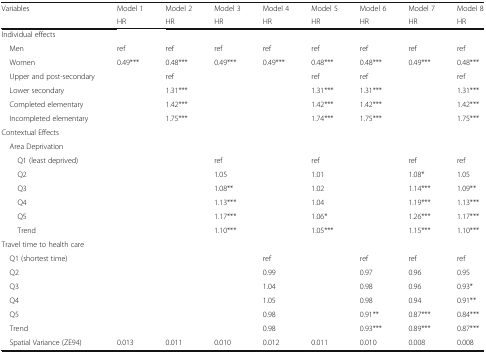
| <ROWSPAN=2> Variables | Model 1 | Model 2 | Model 3 | Model 4 | Model 5 | Model 6 | Model 7 | Model 8 |
 | HR | HR | HR | HR | HR | HR | HR | HR |
 | --- | --- | --- | --- | --- | --- | --- | --- | --- |
 | <COLSPAN=9> Individual effects |
 | Men | ref | ref | ref | ref | ref | ref | ref | ref |
 | Women | 0.49*** | 0.48*** | 0.49*** | 0.49*** | 0.48*** | 0.48*** | 0.49*** | 0.48*** |
 | Upper and post-secondary |  | ref |  |  | ref | ref |  | ref |
 | Lower secondary |  | 1.31*** |  |  | 1.31*** | 1.31*** |  | 1.31*** |
 | Completed elementary |  | 1.42*** |  |  | 1.42*** | 1.42*** |  | 1.42*** |
 | Incompleted elementary |  | 1.75*** |  |  | 1.74*** | 1.75*** |  | 1.75*** |
 | <COLSPAN=9> Contextual Effects |
 | <COLSPAN=9> Area Deprivation |
 | Q1 (least deprived) |  |  | ref |  | ref |  | ref | ref |
 | Q2 |  |  | 1.05 |  | 1.01 |  | 1.08* | 1.05 |
 | Q3 |  |  | 1.08** |  | 1.02 |  | 1.14*** | 1.09** |
 | Q4 |  |  | 1.13*** |  | 1.04 |  | 1.19*** | 1.13*** |
 | Q5 |  |  | 1.17*** |  | 1.06* |  | 1.26*** | 1.17*** |
 | Trend |  |  | 1.10*** |  | 1.05*** |  | 1.15*** | 1.10*** |
 | <COLSPAN=9> Travel time to health care |
 | Q1 (shortest time) |  |  |  | ref |  | ref | ref | ref |
 | Q2 |  |  |  | 0.99 |  | 0.97 | 0.96 | 0.95 |
 | Q3 |  |  |  | 1.04 |  | 0.98 | 0.96 | 0.93* |
 | Q4 |  |  |  | 1.05 |  | 0.98 | 0.94 | 0.91** |
 | Q5 |  |  |  | 0.98 |  | 0.91** | 0.87*** | 0.84*** |
 | Trend |  |  |  | 0.98 |  | 0.93*** | 0.89*** | 0.87*** |
 | Spatial Variance (ZE94) | 0.013 | 0.011 | 0.010 | 0.012 | 0.011 | 0.010 | 0.008 | 0.008 |